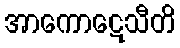
အာကောဋေသီတိ